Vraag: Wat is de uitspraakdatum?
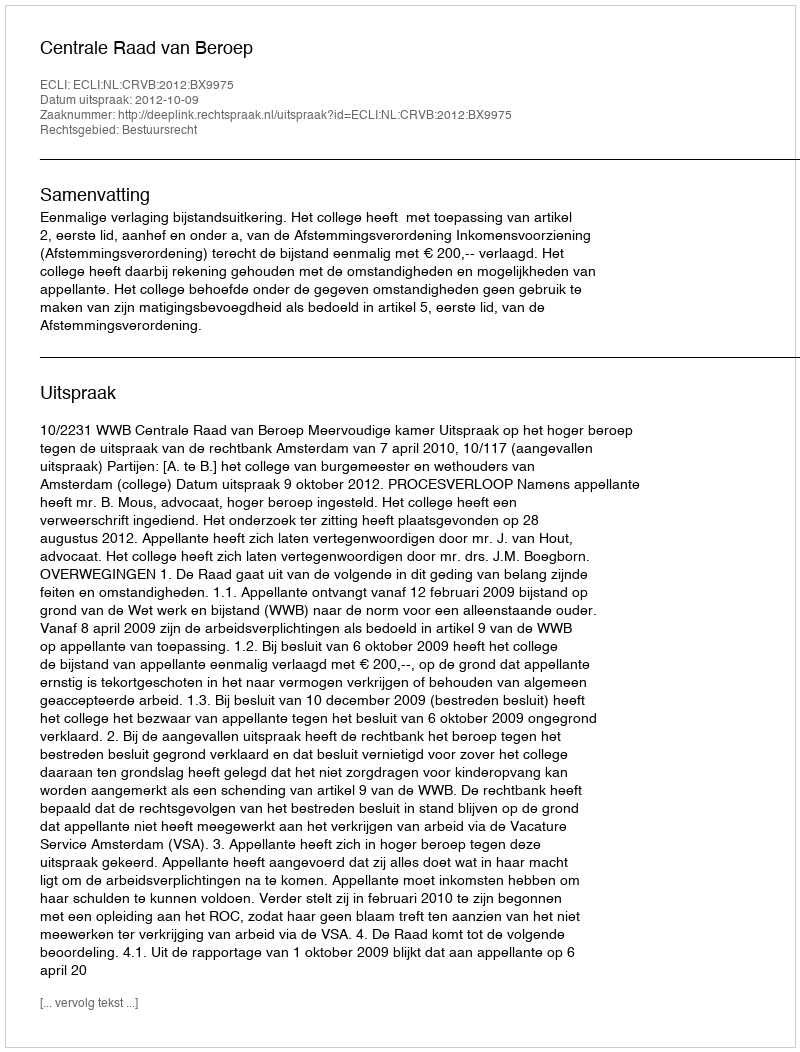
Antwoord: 2012-10-09